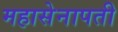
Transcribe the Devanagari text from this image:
महासेनापती